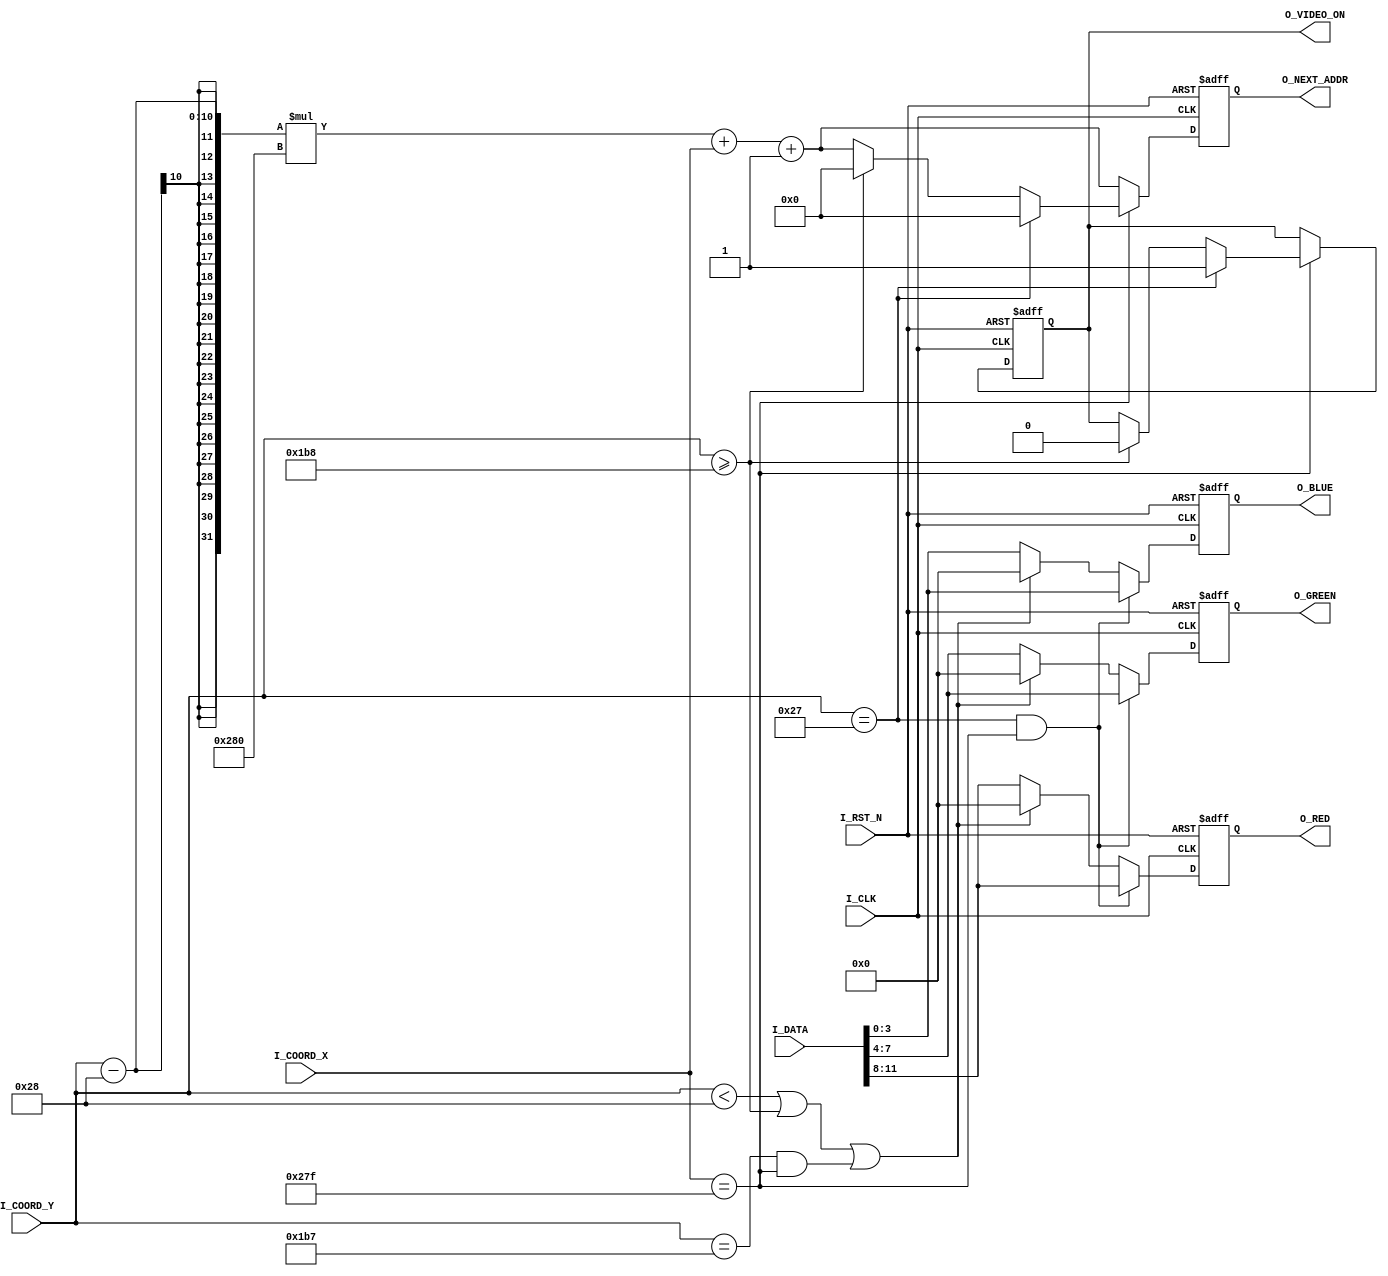
module PixelGen (
  // Control Signal
  I_CLK,
  I_RST_N,
  // 
  I_DATA,
  I_COORD_X,
  I_COORD_Y,
  // SRAM Address Data
  O_VIDEO_ON,
  O_NEXT_ADDR,
  O_RED,
  O_GREEN,
  O_BLUE
);

// Control Signal
input I_CLK;
input I_RST_N;

//
input [15:0] I_DATA;
input [9:0]	 I_COORD_X;
input [9:0]	 I_COORD_Y;

// SRAM Address Data
output reg        O_VIDEO_ON;
output reg [17:0] O_NEXT_ADDR; 
output reg [3:0]  O_RED;
output reg [3:0]  O_GREEN;
output reg [3:0]  O_BLUE;

always @(posedge I_CLK or negedge I_RST_N)
begin
  if (!I_RST_N) begin
    O_VIDEO_ON <= 1'b0;
    O_NEXT_ADDR <= 0;
  end else begin
    if (I_COORD_X == 639) begin
      if (I_COORD_Y == 39) begin
        O_VIDEO_ON <= 1;
        O_NEXT_ADDR <= 0;
      end else begin
        if (I_COORD_Y >= 440) begin
          O_VIDEO_ON <= 0;
          O_NEXT_ADDR <= 0;
        end else begin
          O_NEXT_ADDR <= (I_COORD_Y-40)*640 + I_COORD_X + 1;
        end
      end
    end else begin
      O_NEXT_ADDR <= (I_COORD_Y-40)*640 + I_COORD_X + 1;
    end
  end
end

always @(posedge I_CLK or negedge I_RST_N)
begin
  if (!I_RST_N) begin
    O_RED <= 0;
    O_GREEN <= 0;
    O_BLUE <= 0;
  end else begin
    if (I_COORD_Y == 39 && I_COORD_X == 639) begin
      O_RED <= I_DATA[11:8];
      O_GREEN <= I_DATA[7:4];
      O_BLUE <= I_DATA[3:0];
    end else begin
      if (I_COORD_Y < 40 || I_COORD_Y >= 440 || (I_COORD_Y == 439 && I_COORD_X == 639)) begin
        O_RED <= 0;
        O_GREEN <= 0;
        O_BLUE <= 0;
      end else begin
        O_RED <= I_DATA[11:8];
        O_GREEN <= I_DATA[7:4];
        O_BLUE <= I_DATA[3:0];
      end
    end
  end
end

endmodule